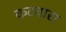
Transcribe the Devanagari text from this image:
कटवारा